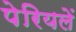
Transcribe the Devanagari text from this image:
पेरियलें